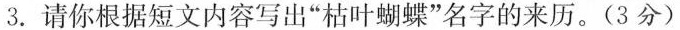
3.请你根据短文内容写出”枯叶蝴蝶”名字的来历。(3分)